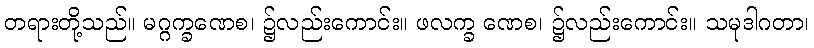
တရားတို့သည်။ မဂ္ဂက္ခဏေစ၊ ၌လည်းကောင်း။ ဖလက္ခ ဏေစ၊ ၌လည်းကောင်း။ သမုဒါဂတာ၊